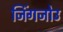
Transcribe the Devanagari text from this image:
जिंगजोउ